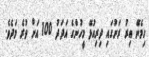
ހިމެނޭ އިރު ރަށުގައި ދިރިއުޅޭ މީހުންގެ އަދަދު 100 އަށް ވުރެ މަދެވެ.